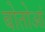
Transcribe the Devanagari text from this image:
बोतोआं